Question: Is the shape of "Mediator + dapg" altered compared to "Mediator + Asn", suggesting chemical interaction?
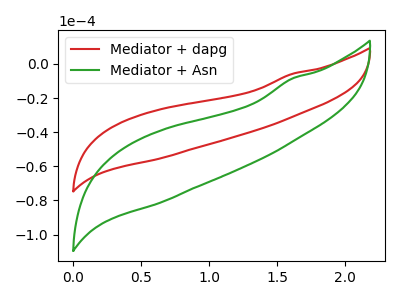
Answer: <think>The red curve "Mediator + dapg" has no peaks. The green curve "Mediator + Asn" has no peaks.
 Neither "Mediator + dapg" or "Mediator + Asn" have any peaks.</think>
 <answer>No, "Mediator + dapg" and "Mediator + Asn" don't appear to be significantly different in shape</answer>
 <eval>no_change</eval>